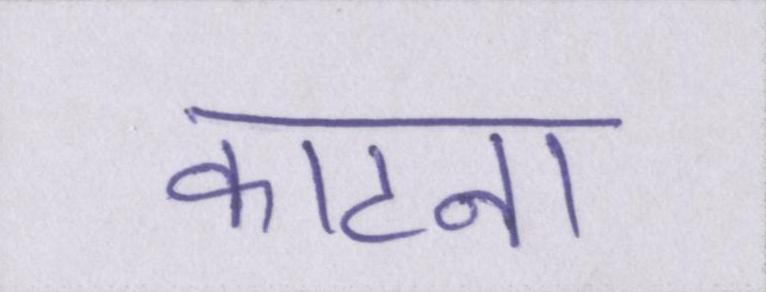
काटना